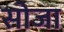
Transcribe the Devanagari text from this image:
सोजा